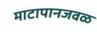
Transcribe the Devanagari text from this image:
माटापानजवळ